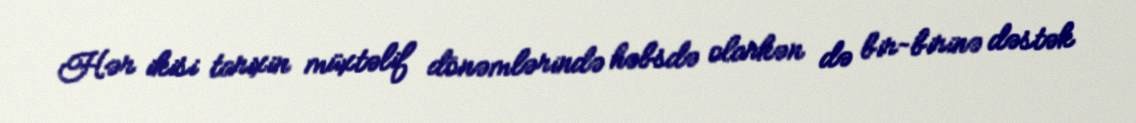
Hər ikisi tarixin müxtəlif dönəmlərində həbsdə olarkən də bir-birinə dəstək